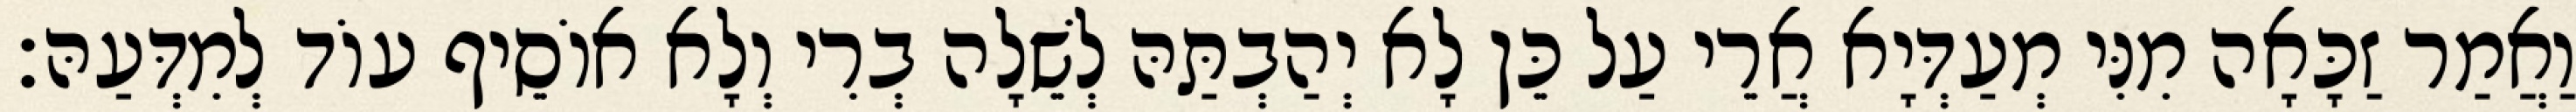
וַאֲמַר זַכָּאָה מִנִּי מְעַדְּיָא אֲרֵי עַל כֵּן לָא יְהַבְתַּהּ לְשֵׁלָה בְרִי וְלָא אוֹסֵיף עוֹד לְמִדְּעַהּ׃